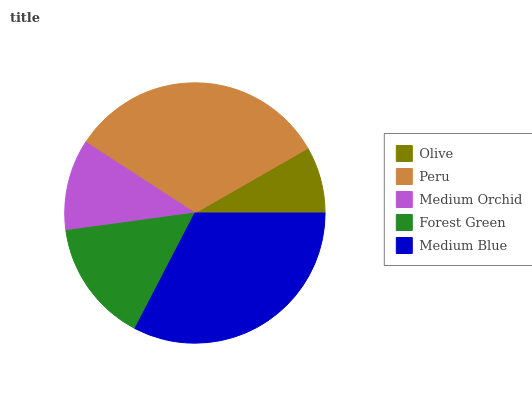
| Olive | Peru | Medium Orchid | Forest Green | Medium Blue |
 | --- | --- | --- | --- | --- |
 | 8.27% | 32.6% | 11.3% | 15.2% | 32.6% |